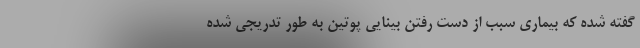
گفته شده که بیماری سبب از دست رفتن بینایی پوتین به طور تدریجی شده